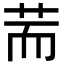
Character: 荋